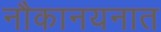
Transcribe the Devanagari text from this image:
नौकानयनात